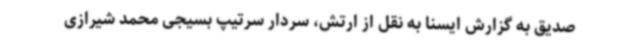
صدیق به گزارش ایسنا به نقل از ارتش، سردار سرتیپ بسیجی محمد شیرازی